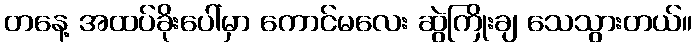
တနေ့ အထပ်ခိုးပေါ်မှာ ကောင်မလေး ဆွဲကြိုးချ သေသွားတယ်။